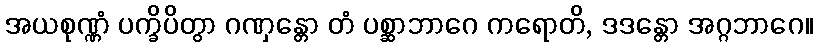
အယစုဏ္ဏံ ပက္ခိပိတွာ ဂဏှန္တော တံ ပစ္ဆာဘာဂေ ကရောတိ, ဒဒန္တော အဂ္ဂဘာဂေ။